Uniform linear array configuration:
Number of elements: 24
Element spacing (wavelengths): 0.25
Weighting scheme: blackman
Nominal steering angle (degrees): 0
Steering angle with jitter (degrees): -0.1034
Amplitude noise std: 0.05
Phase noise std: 0.05

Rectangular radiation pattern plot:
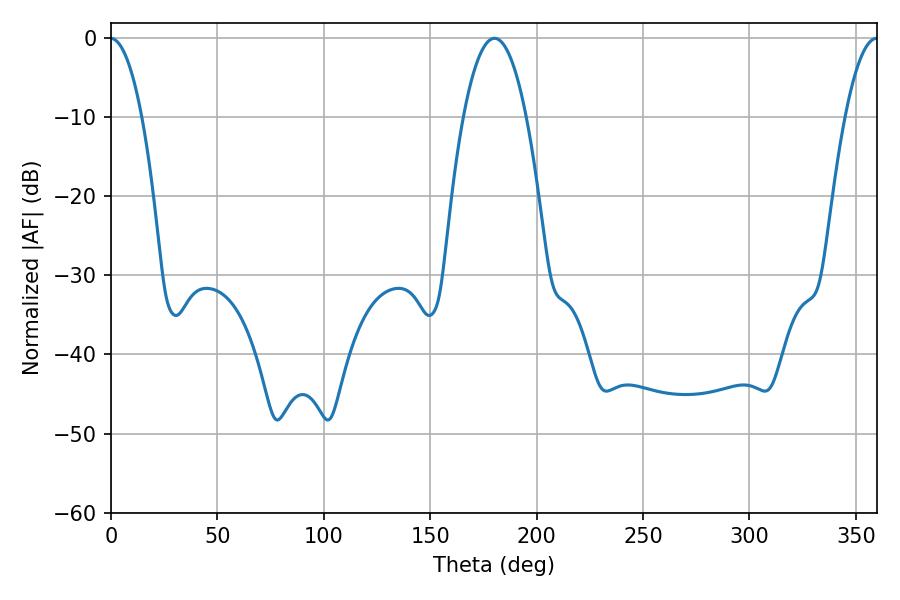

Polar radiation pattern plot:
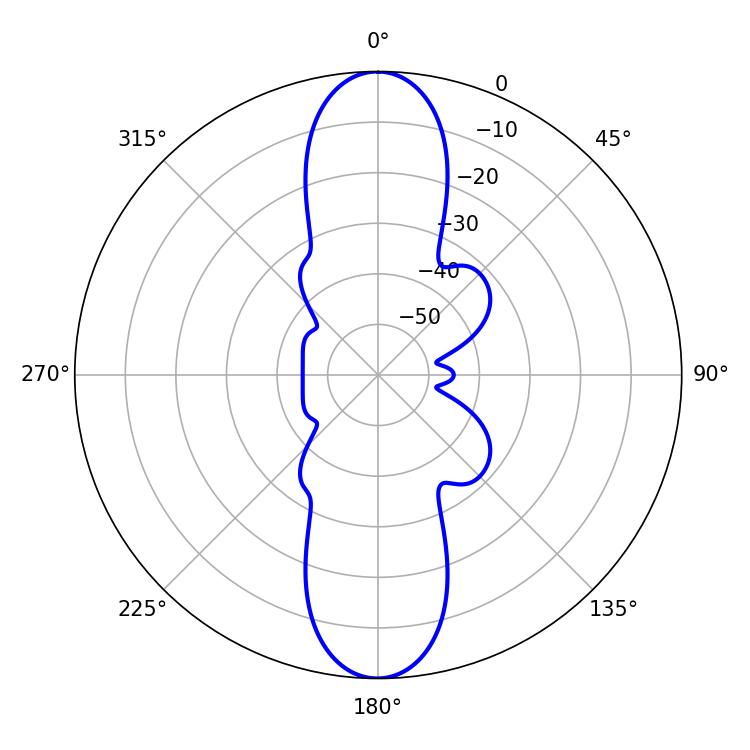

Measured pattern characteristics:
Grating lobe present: FALSE
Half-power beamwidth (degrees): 16.38
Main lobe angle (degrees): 180.18